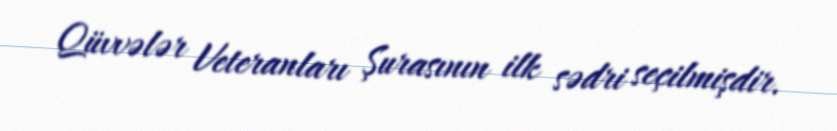
Qüvvələr Veteranları Şurasının ilk sədri seçilmişdir.